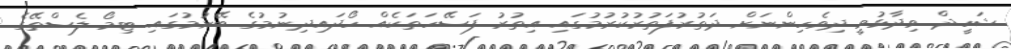
ޝަހީދް ވިދާޅުވީ ދިވެހިންނަށް ދަތުރުފަތުރުކުރުމުގައި އިތުރު ފަސޭހަތަކެއް ހޯދައިދިނުމުގެ ބޭނުމުގައި ޓިމޯ ލެސްތޭގެ